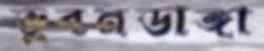
ভুবনডাঙ্গা